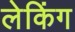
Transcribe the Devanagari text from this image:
लेकिंग